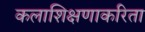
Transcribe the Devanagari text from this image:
कलाशिक्षणाकरिता